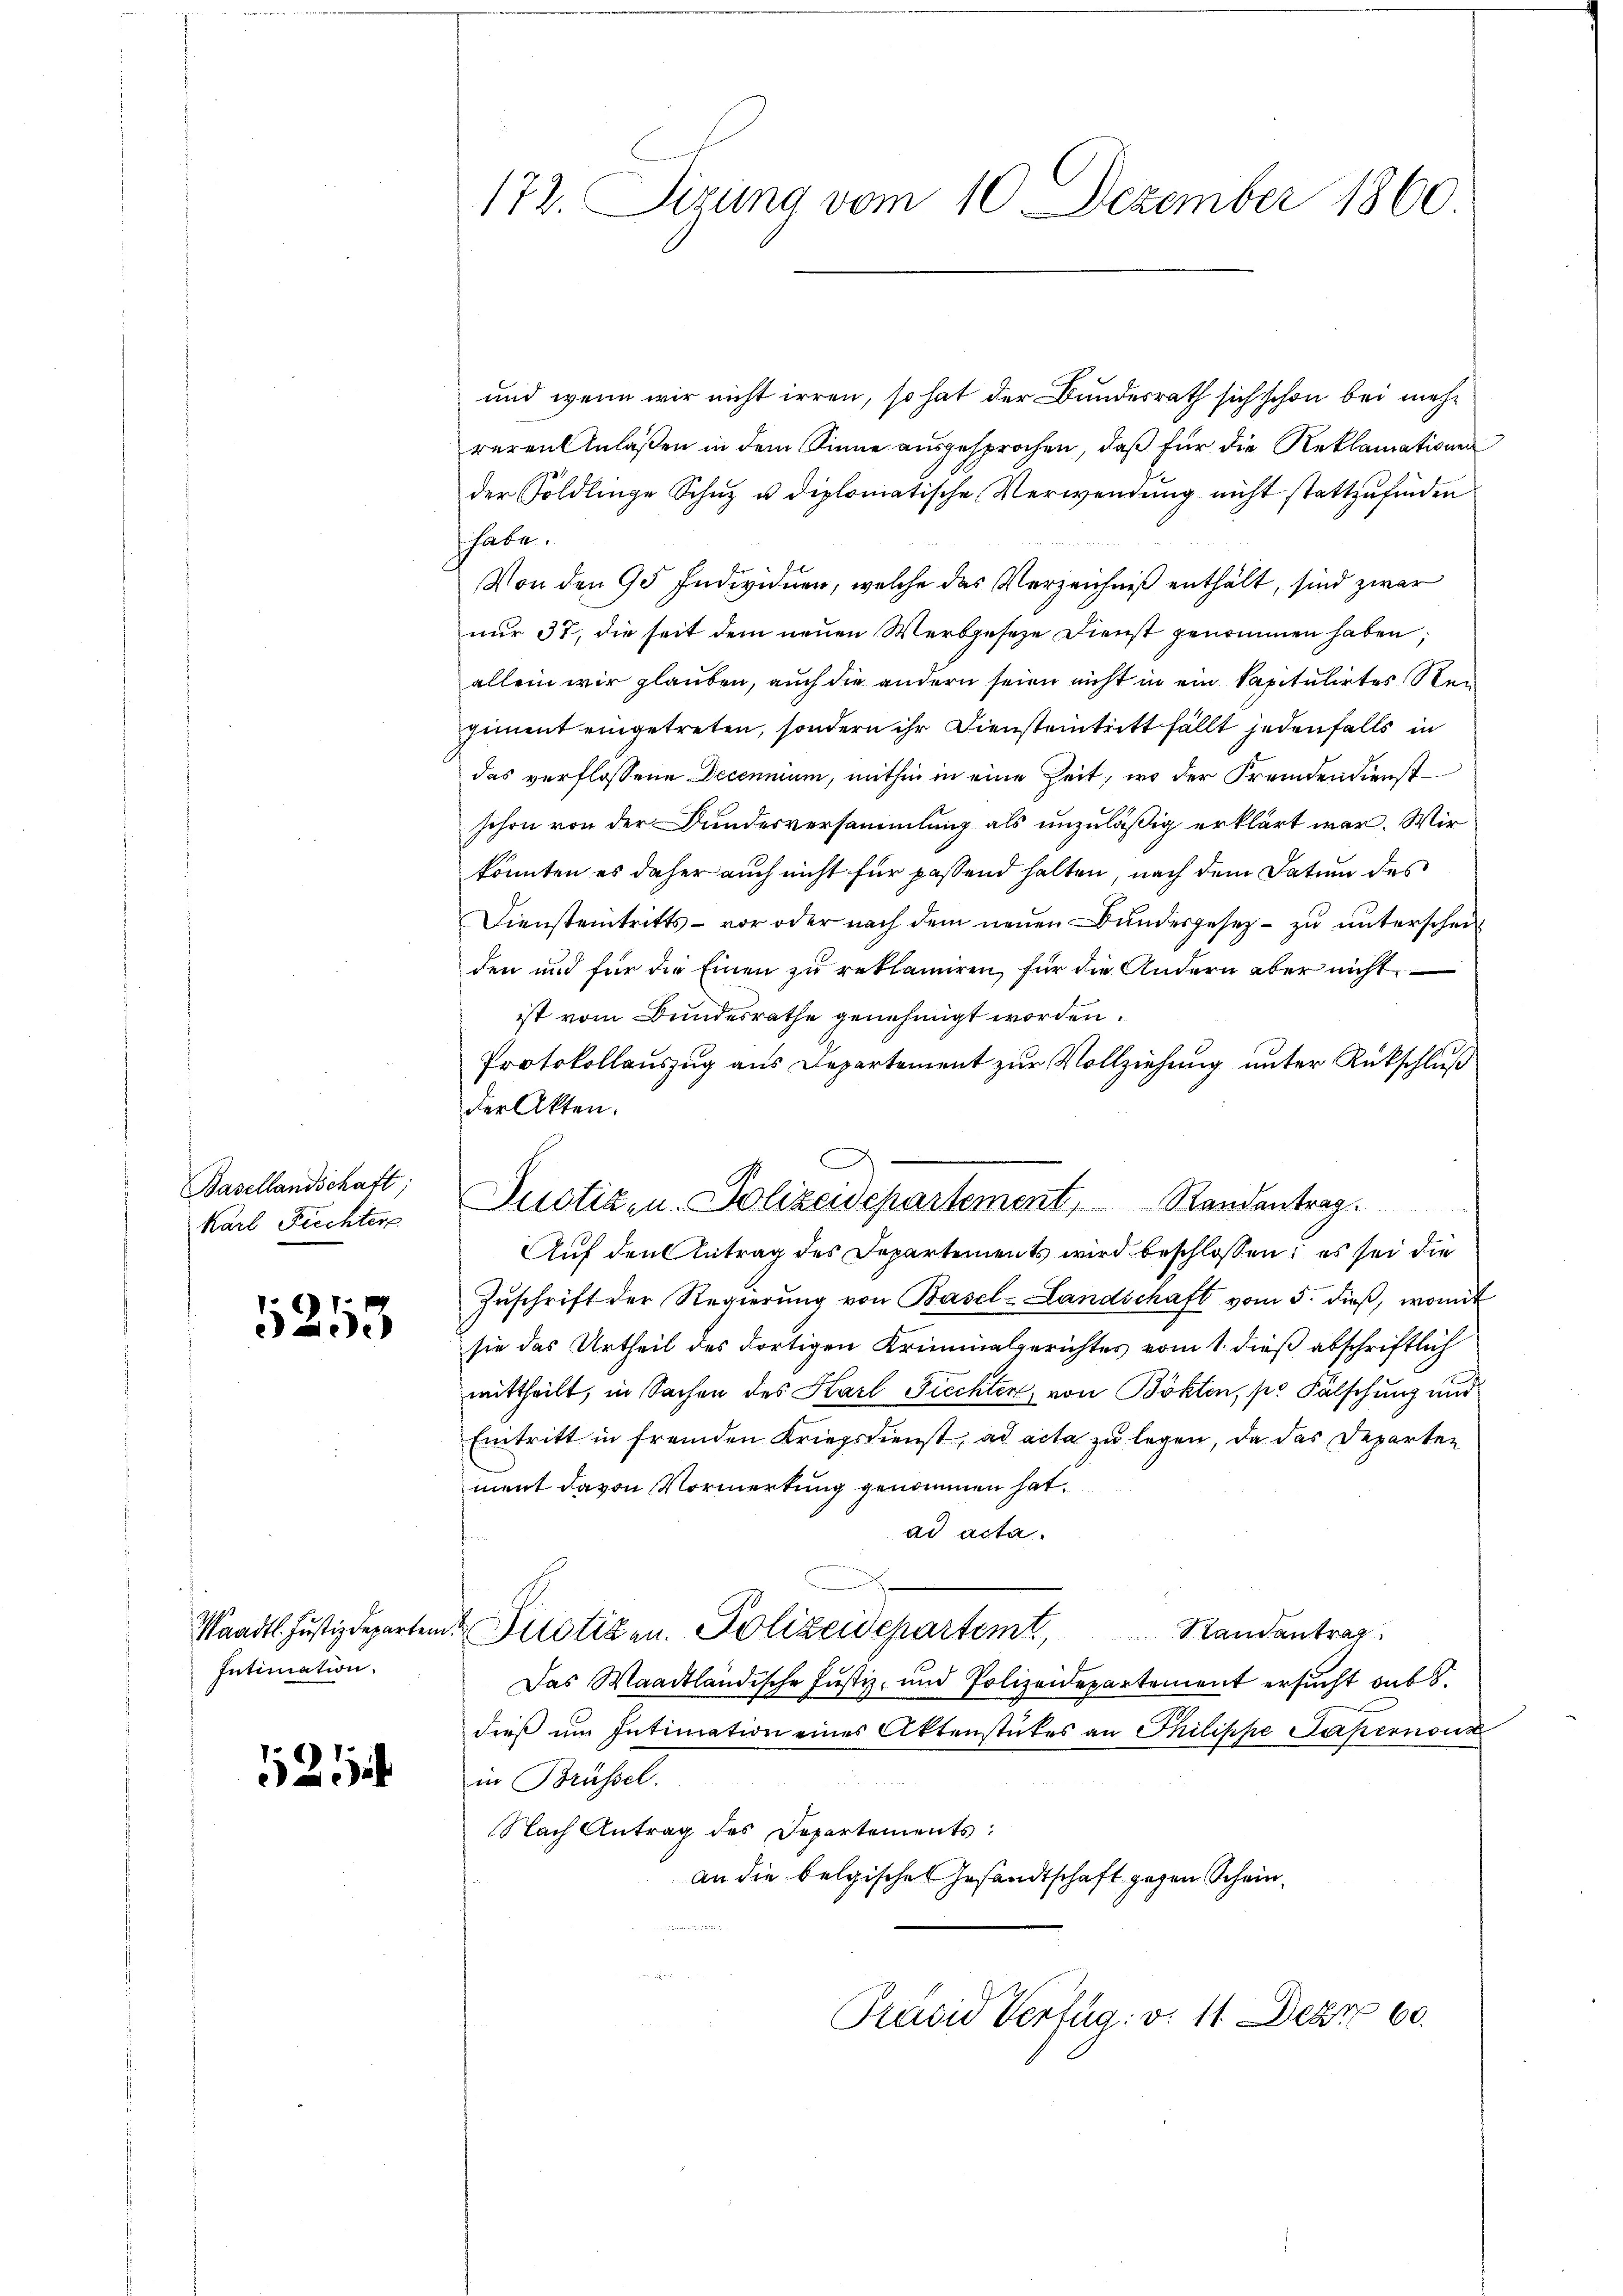
Basellandschaft;
Karl Fichters

1253

Intimation.

521

172. Dirung vom 10. Dezember 1860.

und wenn wir nicht irren, so hat der Bundesrath sich schon bei mehr
reren Anlaßen in dem Sinne ausgesprochen, daß für die Reklamationen
der Söldlinge Schuz u. diplomatische Verwendung nicht stattzufinden
habe.
Von den 95 Individuen, welche das Verzeichniß enthält, sind zwar
nur 37, die seit dem neuen Werbgeseze Dienst genommen haben;
allein wir glauben, auch die andern seien nicht in ein Capitulirtes Reigiment eingetreten, sondern ihr Diensteintritt fällt jedenfalls in
das verflossene Decennium, mithin in eine Zeit, wo der Fremdendienst
schon von der Bundesversammlung als unzuläßig erklärt war. Wir
könnten es daher auch nicht für passend halten, nach dem Datum des
Diensteintritts - vor oder nach dem neuen Bundesgesetz zu unterscheiden und für die Einen zu reklamiren, für die Andern aber nicht
ist vom Bundesrathe genehmigt worden.
Protokollauszug aus Departement zur Vollziehung unter Rückschluß
der Akten.
Auf den Antrag des Departements wird beschlossen: es sei die
Zuschrift der Regierung von Basel-Landschaft vom 5. dieß, womit
sie das Urtheil des dortigen Kriminalgerichtes vom 1. dieß abschriftlich
mittheilt, in Sachen des Harl Fiechten, von Böhten, pr Fälschung und
Eintritt in fremden Kriegsdienst, ad acta zu legen, da das Departen
ment davon Vormerkung genommen hat.
ad acta.
Waadt. Justizdepartem Pilotizen. Polizeidepartemt, Randantrag
Das Waadtländische Justiz- und Polizeidepartement ersucht aus
dieß um Intimation eines Aktenstückes an Philippe Paternou
in Brüssel.
Nach Antrag des Departements
an die belgisches Gesandtschaft gegen Schein¬
u
Prävid Vertag. v. 11. Decre 60

Justizen. Polizeidepartement, Randantrag.